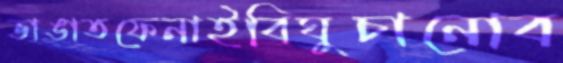
ভাঙাতফেনাইবিঘুচানোব